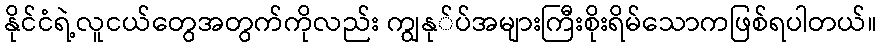
နိုင်ငံရဲ့လူငယ်တွေအတွက်ကိုလည်း ကျွနု်ပ်အများကြီးစိုးရိမ်သောကဖြစ်ရပါတယ်။